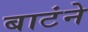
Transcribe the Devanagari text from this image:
बाटंने